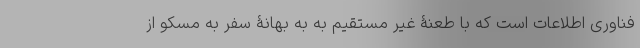
فناوری اطلاعات است که با طعنۀ غیر مستقیم به به بهانۀ سفر به مسکو از